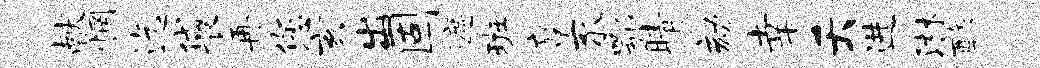
献惘迄袋再您亥出固遮班蹙豕鄂睛劾幸夭进淋酢